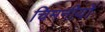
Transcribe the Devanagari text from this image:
चिमनीयों